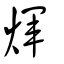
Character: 煇